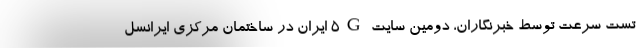
تست سرعت توسط خبرنگاران، دومین سایت 5G ایران در ساختمان مرکزی ایرانسل